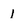
Character: I